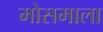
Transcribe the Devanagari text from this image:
मोसमाला